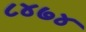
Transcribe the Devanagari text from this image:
८४७४